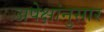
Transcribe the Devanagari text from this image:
अपेक्षांनुसार